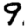
Digit: 9